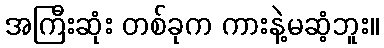
အကြီးဆုံး တစ်ခုက ကားနဲ့မဆံ့ဘူး။